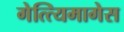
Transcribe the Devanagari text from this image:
गेत्त्यिमागेस